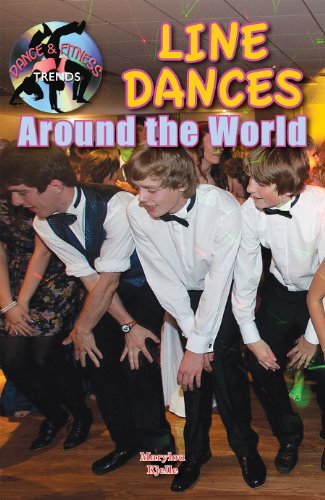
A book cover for Line Dances Around the World (Dance and Fitness Trends) (Dance & Fitness Trends); Marylou Morano Kjelle; Teen & Young Adult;